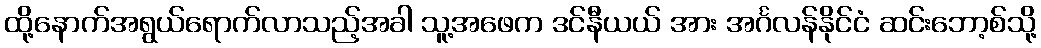
ထို့နောက်အရွယ်ရောက်လာသည့်အခါ သူ့အဖေက ဒင်နီယယ် အား အင်္ဂလန်နိုင်ငံ ဆင်းဘော့စ်သို့